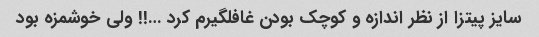
سایز پیتزا از نظر اندازه و کوچک بودن غافلگیرم کرد …!! ولی خوشمزه بود